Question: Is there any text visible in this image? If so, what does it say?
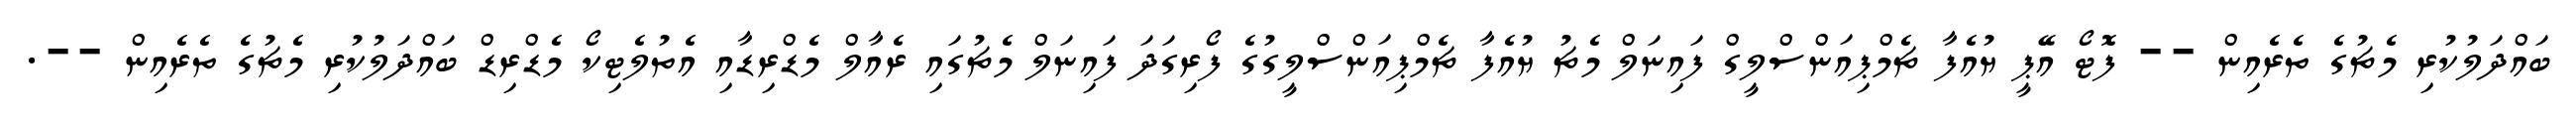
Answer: ބައްދަލުކުރި މެޗުގެ ތެރެއިން -- ފޮޓޯ އޭޕީ ޔުއެފާ ޗެމްޕިއަންސްލީގް ފައިނަލް މެޗު ޔުއެފާ ޗެމްޕިއަންސްލީގުގެ ފޯރިގަދަ ފައިނަލް މެޗުގައި ރެއާލް މެޑްރިޑާއި އެތުލެޓިކޯ މެޑްރިޑް ބައްދަލުކުރި މެޗުގެ ތެރެއިން --.